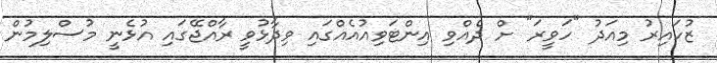
ޒުހައިރު މިއަދު "ހަވީރަ" ށް ދެއްވި އިންޓަވިއުއެއްގައި ވިދާޅުވީ ރާއްޖޭގައި އުޅެނީ މުސްލިމުން